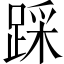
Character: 踩